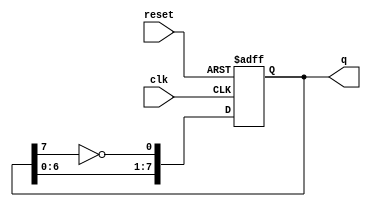
module johnson_counter (
    input wire clk,          // Clock signal
    input wire reset,        // Asynchronous reset signal
    output reg [7:0] q       // 8-bit output representing the counter state
);

// Johnson Counter Logic
always @(posedge clk or posedge reset) begin
    if (reset) begin
        // Asynchronous reset to 0
        q <= 8'b00000000;
    end else begin
        // Shift the Johnson counter
        q <= {q[6:0], ~q[7]};
    end
end

endmodule